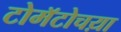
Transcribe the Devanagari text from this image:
टोमॅटोचय़ा